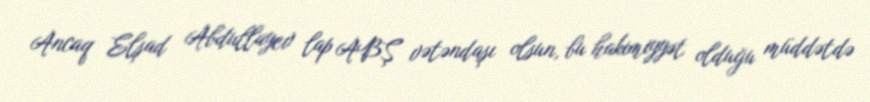
Ancaq Elşad Abdullayev lap ABŞ vətəndaşı olsun, bu hakimiyyət olduğu müddətdə